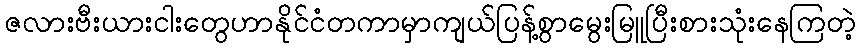
ဇလားဗီးယားငါးတွေဟာနိုင်ငံတကာမှာကျယ်ပြန့်စွာမွေးမြူပြီးစားသုံးနေကြတဲ့